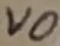
Text: VO